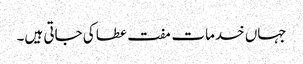
جہاں خدمات مفت عطا کی جاتی ہیں۔